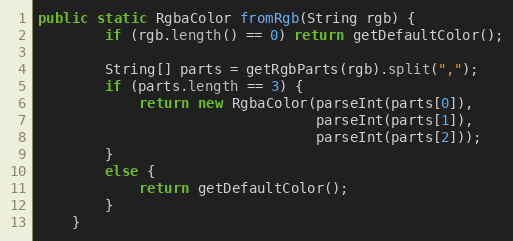
Language: Java
public static RgbaColor fromRgb(String rgb) {
        if (rgb.length() == 0) return getDefaultColor();

        String[] parts = getRgbParts(rgb).split(",");
        if (parts.length == 3) {
            return new RgbaColor(parseInt(parts[0]),
                                 parseInt(parts[1]),
                                 parseInt(parts[2]));
        }
        else {
            return getDefaultColor();
        }
    }